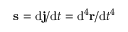
\mathbf { s } = \mathrm { d } \mathbf { j } / \mathrm { d } t = \mathrm { d } ^ { 4 } \mathbf { r } / \mathrm { d } t ^ { 4 }